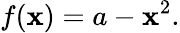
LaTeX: f(\mathbf{x})=a-\mathbf{x}^{2}.